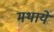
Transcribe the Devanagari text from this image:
मथाये